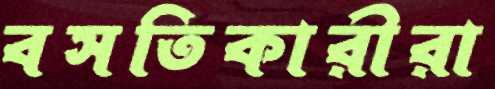
বসতিকারীরা